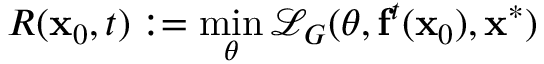
R ( \mathbf x _ { 0 } , t ) : = \operatorname* { m i n } _ { \theta } \mathcal L _ { G } ( \theta , \mathbf f ^ { t } ( \mathbf x _ { 0 } ) , \mathbf x ^ { * } )